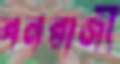
বনরাজী